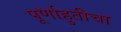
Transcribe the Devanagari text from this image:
पूर्णाहुतीचा